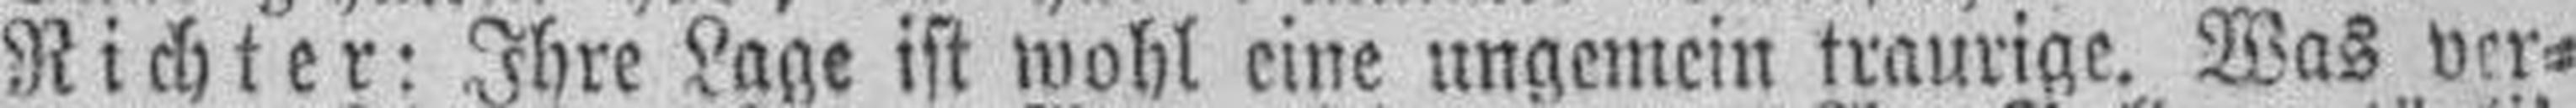
Richter: Ihre Lage ist wohl eine ungemein traurige. Was ver¬